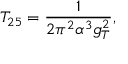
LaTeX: T _ { 2 5 } = \frac { 1 } { 2 \pi ^ { 2 } \alpha ^ { 3 } g _ { T } ^ { 2 } } ,